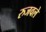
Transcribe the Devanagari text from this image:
रुजवले